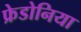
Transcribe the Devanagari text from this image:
फ्रेडोनिया